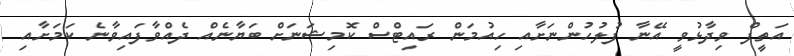
އަތީފް ވިދާޅުވީ އޭނާ ފުލުހުންނަށާއި ހިއުމަން ރައިޓްސް ކޮމިޝަނަށް ބަޔާނެއް ދެއްވާފައިވާނެ ކަމަށާއި